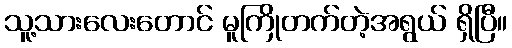
သူ့သားလေးတောင် မူကြိုတက်တဲ့အရွယ် ရှိပြီ။